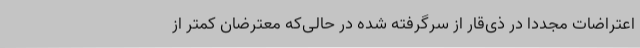
اعتراضات مجددا در ذی‌قار از سرگرفته شده در حالی‌که معترضان کمتر از